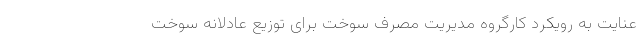
عنایت به رویکرد کارگروه مدیریت مصرف سوخت برای توزیع عادلانه سوخت